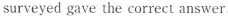
surveyed gave the correct answer.